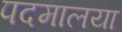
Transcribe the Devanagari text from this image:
पदमालया